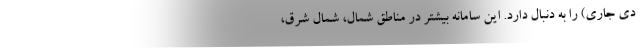
دی جاری) را به دنبال دارد. این سامانه بیشتر در مناطق شمال، شمال شرق،